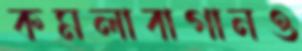
কমলাবাগানও